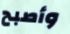
وأصبح